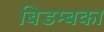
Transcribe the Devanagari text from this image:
बिडम्बका